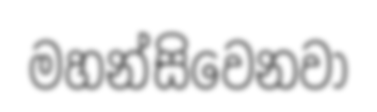
මහන්සිවෙනවා